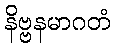
နိဗ္ဗနမာဂတံ